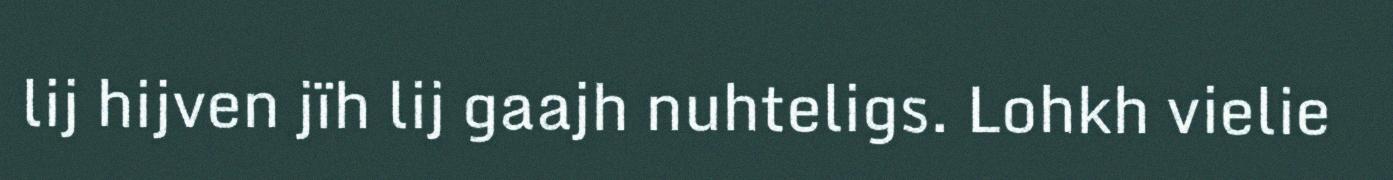
lij hijven jïh lij gaajh nuhteligs. Lohkh vielie